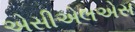
એસીએલએસ